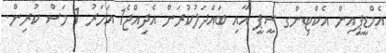
އެމްޑީޕީއިން އެކްޓިންގ ސީޕީ އާއި ބައްދަލުކުރަން އެދިއްޖެ1 އަހަރު 1 މަސް ކުރިން.